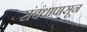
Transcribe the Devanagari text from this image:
संबंधापासून